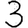
Digit: 3